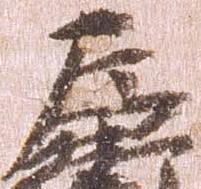
左